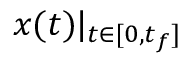
{ \boldsymbol { x } } ( t ) | _ { t \in [ 0 , t _ { f } ] }